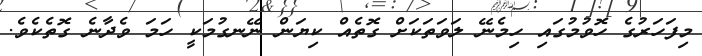
މިފަހަރުގެ ހޮވުމުގައި ހިމެނޭ ލަވަތަކަށް ގޮތެއް ކިޔަން ނޭނގުމަކީ ހަމަ ވެދާނެ ގޮތެކެވެ.